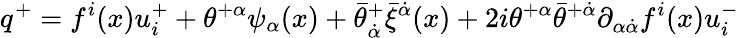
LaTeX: q^{+}=f^{i}(x)u_{i}^{+}+\theta^{+\alpha}\psi_{\alpha}(x)+\bar{\theta}_{\dot{\alpha}}^{+}\bar{\xi}^{\dot{\alpha}}(x)+2i\theta^{+\alpha}\bar{\theta}^{+\dot{\alpha}}\partial_{\alpha\dot{\alpha}}f^{i}(x)u_{i}^{-}